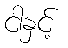
ငါနှင့်